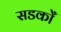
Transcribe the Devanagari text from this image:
सडकोँ